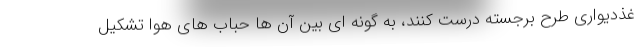
غذدیواری طرح برجسته درست کنند، به گونه ای بین آن ها حباب های هوا تشکیل